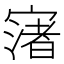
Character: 𡪦